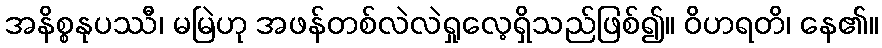
အနိစ္စနုပဿီ၊ မမြဲဟု အဖန်တစ်လဲလဲရှုလေ့ရှိသည်ဖြစ်၍။ ဝိဟရတိ၊ နေ၏။